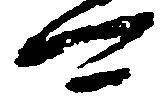
可